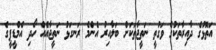
އަތޮޅުގެ ދާއިރާތަކުގެ ވަގުތީ ނަތީޖާތަކަށް ބަލާއިރު އެންމެ ރަނގަޅު ނަތީޖާއެއް ހޯދި އެމްޑީޕީގެ